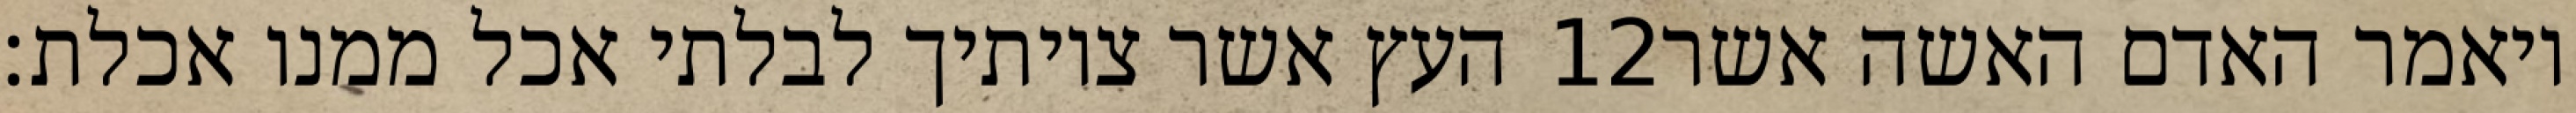
העץ אשר צויתיך לבלתי אכל ממנו אכלת׃ ‎12‏ ויאמר האדם האשה אשר